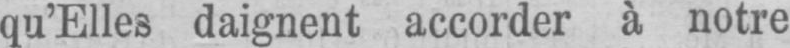
qu’Elles daignent accorder à notre